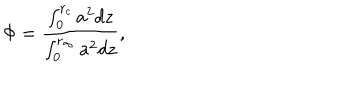
LaTeX: \Phi = \frac { \int _ { 0 } ^ { r _ { c } } a ^ { 2 } d z } { \int _ { 0 } ^ { r _ { \infty } } a ^ { 2 } d z } ,